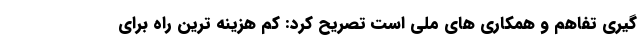
گیری تفاهم و همکاری های ملی است تصریح کرد: کم هزینه ترین راه برای